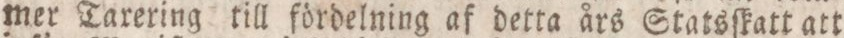
mer Taxering till fördelning af detta års Statsſkatt att